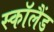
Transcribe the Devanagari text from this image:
स्काॅलैंड